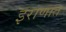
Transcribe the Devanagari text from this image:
इराणात